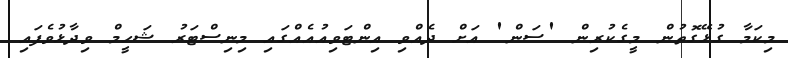
މިކަމާ ގުޅޭގޮތުން މީގެކުރިން 'ސަން' އަށް ދެއްވި އިންޓަވިއުއެއްގައި މިނިސްޓަރު ޝަހީމް ވިދާޅުވެފައި